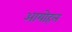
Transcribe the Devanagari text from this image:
आयोहल